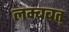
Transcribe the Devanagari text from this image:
लम्बबत्